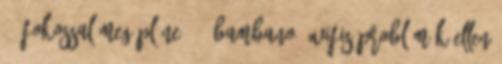
45 fokossal meg pláne. #6 bambano: wifis problémák ellen